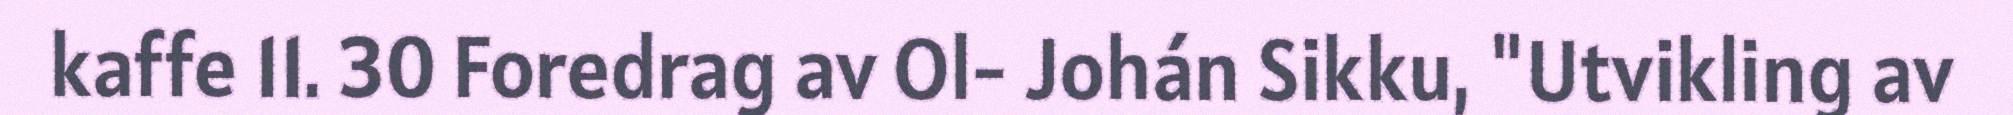
kaffe 11. 30 Foredrag av Ol- Johán Sikku, "Utvikling av